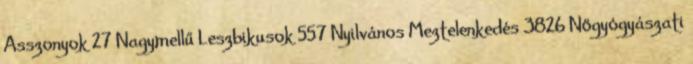
Asszonyok 27 Nagymellű Leszbikusok 557 Nyilvános Meztelenkedés 3826 Nőgyógyászati